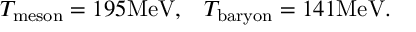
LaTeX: T _ { \mathrm { m e s o n } } = 1 9 5 \mathrm { M e V } , \; \; \; T _ { \mathrm { b a r y o n } } = 1 4 1 \mathrm { M e V } .